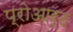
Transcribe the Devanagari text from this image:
प्रोआर्ट